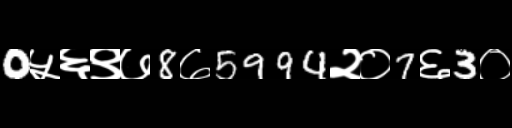
Text: 0५६९७8७5994२०7६3०